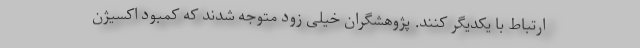
ارتباط با یکدیگر کنند. پژوهشگران خیلی زود متوجه شدند که کمبود اکسیژن